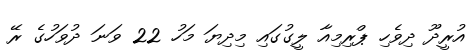
އުރީދޫ ދިވެހި ޕްރިމިއާ ލީގުގައި މިދިޔަ މަހު 22 ވަނަ ދުވަހުގެ ރޭ